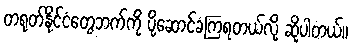
တရုတ်နိုင်ငံတွေဘက်ကို ပို့ဆောင်ခံကြရတယ်လို့ ဆိုပါတယ်။